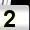
Digit: 2